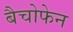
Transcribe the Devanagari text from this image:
बैचोफेन